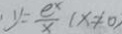
. y = \frac { e ^ { x } } { x } ( x \neq 0 )